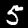
Digit: 5